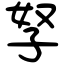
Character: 孥